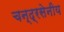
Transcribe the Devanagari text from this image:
चन्द्रसेनीय